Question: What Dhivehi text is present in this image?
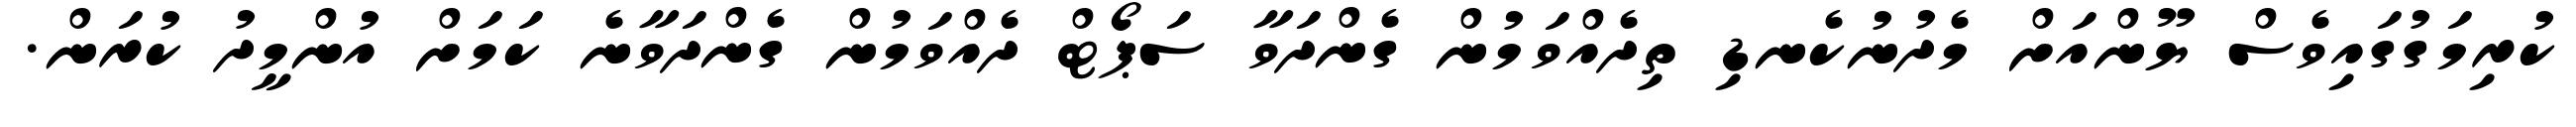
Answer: ކުރިމަގުގައިވެސް ޔޫންއަށް މެދުނުކެނޑި ތިދެއްވަމުން ގެންދަވާ ސަޕޯޓް ދެއްވަމުން ގެންދަވާނެ ކަމަށް އުންމީދު ކުރަން.